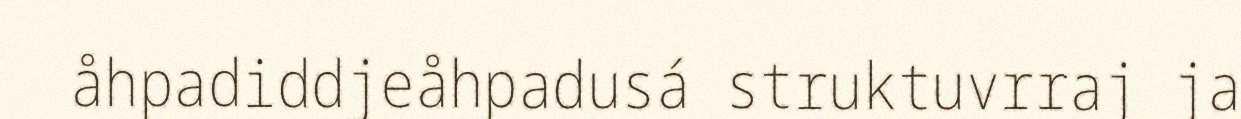
åhpadiddjeåhpadusá struktuvrraj ja